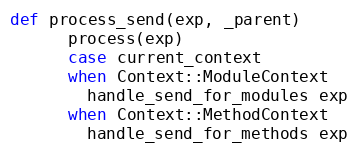
Language: Ruby
def process_send(exp, _parent)
      process(exp)
      case current_context
      when Context::ModuleContext
        handle_send_for_modules exp
      when Context::MethodContext
        handle_send_for_methods exp